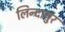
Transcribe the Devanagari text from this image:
लिन्दायुर